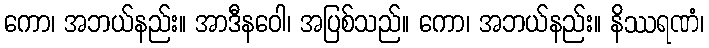
ကော၊ အဘယ်နည်း။ အာဒီနဝေါ၊ အပြစ်သည်။ ကော၊ အဘယ်နည်း။ နိဿရဏံ၊